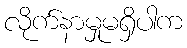
လိုက်နာမှုမရှိပါက